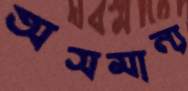
অসমান্য